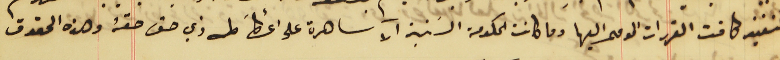
تنفيذ كافت القررات المومى اليها وما كانت الحكومة السَنية الآ ساهرة على اعطأ كل ذي حق حقهُ وهذه الحقوق